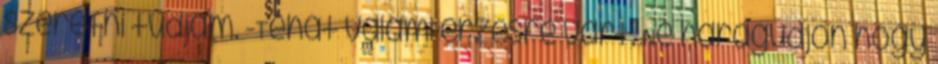
szeretni tudjam. -Tehát valami érzésre várt. Ne haragudjon hogy